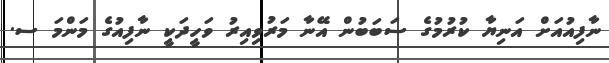
ނާފިއުއަށް އަނިޔާ ކުރުމުގެ ސަބަބުން އޭނާ މަރުވިއިރު ވަހީދަކީ ނާފިއުގެ މަންމަ ސ.